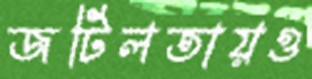
জটিলতায়ও